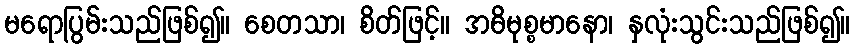
မရောပြွမ်းသည်ဖြစ်၍။ စေတသာ၊ စိတ်ဖြင့်။ အဓိမုစ္စမာနော၊ နှလုံးသွင်းသည်ဖြစ်၍။